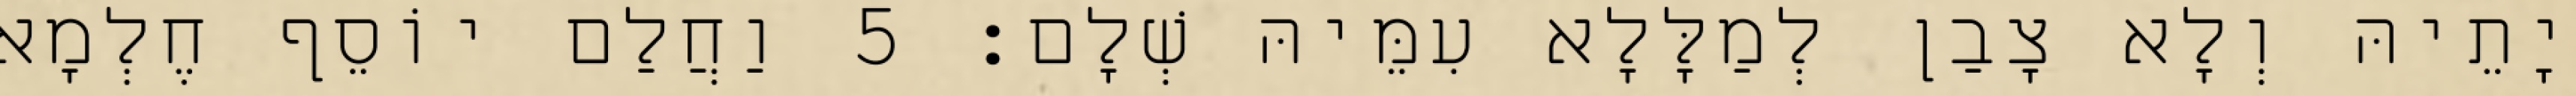
יָתֵיהּ וְלָא צָבַן לְמַלָּלָא עִמֵּיהּ שְׁלָם׃ 5 וַחֲלַם יוֹסֵף חֶלְמָא